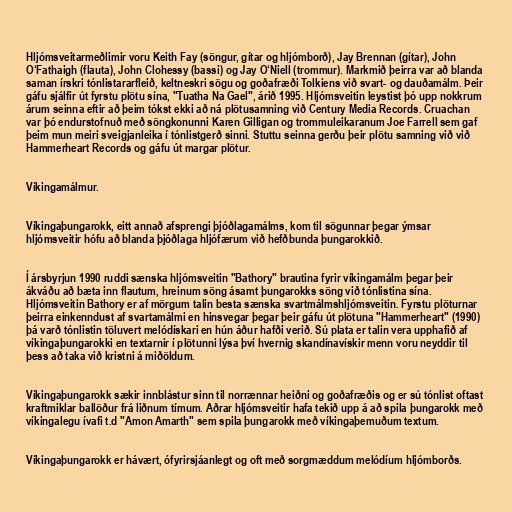
Hljómsveitarmeðlimir voru Keith Fay (söngur, gítar og hljómborð), Jay Brennan (gítar), John
O‘Fathaigh (flauta), John Clohessy (bassi) og Jay O‘Niell (trommur). Markmið þeirra var að blanda
saman írskri tónlistararfleið, keltneskri sögu og goðafræði Tolkiens við svart- og dauðamálm. Þeir
gáfu sjálfir út fyrstu plötu sína, "Tuatha Na Gael", árið 1995. Hljómsveitin leystist þó upp nokkrum
árum seinna eftir að þeim tókst ekki að ná plötusamning við Century Media Records. Cruachan
var þó endurstofnuð með söngkonunni Karen Gilligan og trommuleikaranum Joe Farrell sem gaf
þeim mun meiri sveigjanleika í tónlistgerð sinni. Stuttu seinna gerðu þeir plötu samning við við
Hammerheart Records og gáfu út margar plötur.

Víkingamálmur.

Víkingaþungarokk, eitt annað afsprengi þjóðlagamálms, kom til sögunnar þegar ýmsar
hljómsveitir hófu að blanda þjóðlaga hljófærum við hefðbunda þungarokkið.

Í ársbyrjun 1990 ruddi sænska hljómsveitin "Bathory" brautina fyrir víkingamálm þegar þeir
ákváðu að bæta inn flautum, hreinum söng ásamt þungarokks söng við tónlistina sína.
Hljómsveitin Bathory er af mörgum talin besta sænska svartmálmshljómsveitin. Fyrstu plöturnar
þeirra einkenndust af svartamálmi en hinsvegar þegar þeir gáfu út plötuna "Hammerheart" (1990)
þá varð tónlistin töluvert melódískari en hún áður hafði verið. Sú plata er talin vera upphafið af
víkingaþungarokki en textarnir í plötunni lýsa því hvernig skandínavískir menn voru neyddir til
þess að taka við kristni á miðöldum.

Víkingaþungarokk sækir innblástur sinn til norrænnar heiðni og goðafræðis og er sú tónlist oftast
kraftmiklar ballöður frá liðnum tímum. Aðrar hljómsveitir hafa tekið upp á að spila þungarokk með
víkingalegu ívafi t.d "Amon Amarth" sem spila þungarokk með víkingaþemuðum textum.

Víkingaþungarokk er hávært, ófyrirsjáanlegt og oft með sorgmæddum melódíum hljómborðs.